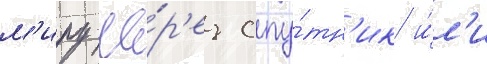
м'иру че́р'ез спу́тн'ик и́л'и